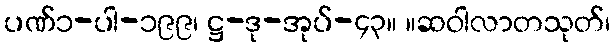
ပဏ်၁-ပါ-၁၉၉၊ ဋ္ဌ-ဒု-အုပ်-၄၃။ ။ဆဝါလာတသုတ်၊